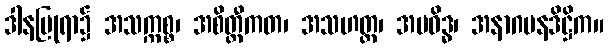
ဒါနပြုရာ၌ အသက္ကစ္စ၊ အစိတ္တီကတ၊ အသဟတ္ထ၊ အပဝိဒ္ဓ၊ အနာဂမနဒိဋ္ဌိက။